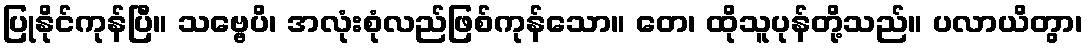
ပြုနိုင်ကုန်ပြီ။ သဗ္ဗေပိ၊ အလုံးစုံလည်ဖြစ်ကုန်သော။ တေ၊ ထိုသူပုန်တို့သည်။ ပလာယိတွာ၊